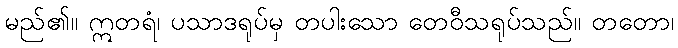
မည်၏။ ဣတရံ၊ ပသာဒရုပ်မှ တပါးသော တေဝီသရုပ်သည်။ တတော၊